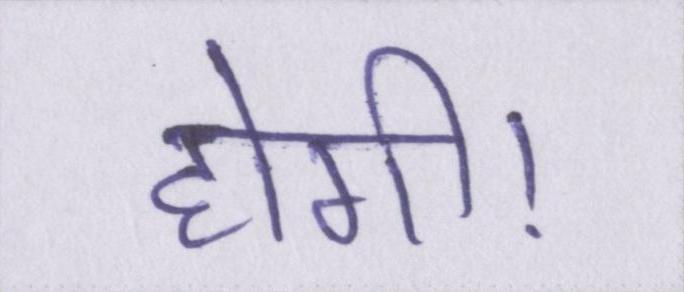
होगी।